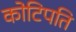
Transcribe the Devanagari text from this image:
कोटिपति